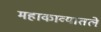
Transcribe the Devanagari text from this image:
महाकाव्यातले